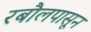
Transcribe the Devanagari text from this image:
रबौलपासून